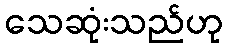
သေဆုံးသည်ဟု